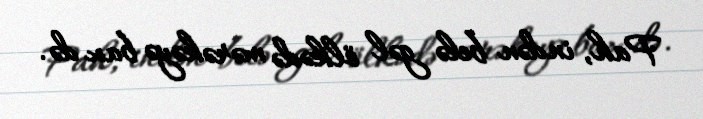
Pah, indən belə gəl ölkədə mərəkəyə bax də.